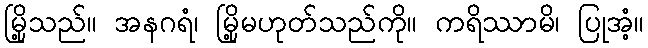
မြို့သည်။ အနဂရံ၊ မြို့မဟုတ်သည်ကို။ ကရိဿာမိ၊ ပြုအံ့။